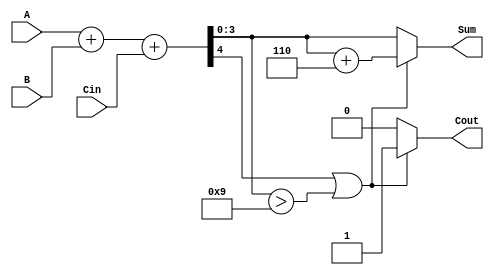
module BCD_Hybrid_Adder(
    input  [3:0] A,      // First BCD digit
    input  [3:0] B,      // Second BCD digit
    input        Cin,     // Carry input
    output reg [3:0] Sum, // BCD sum output
    output reg Cout       // Carry output
);

    // Internal signals
    wire [4:0] S;        // 5-bit sum to hold the binary addition result
    wire [4:0] corrected_sum; // Sum after BCD correction
    wire add_correction; // Flag to indicate if correction is needed

    // Binary addition
    assign S = A + B + Cin;

    // BCD correction logic
    assign add_correction = (S[4] || (S[3:0] > 4'b1001)); // Check for invalid BCD

    always @(*) begin
        if (add_correction) begin
            // Perform correction by adding 6 (0110)
            Sum = S[3:0] + 4'b0110;
            Cout = 1'b1; // Set carry out
        end else begin
            Sum = S[3:0];
            Cout = 1'b0; // No carry out
        end
    end

endmodule